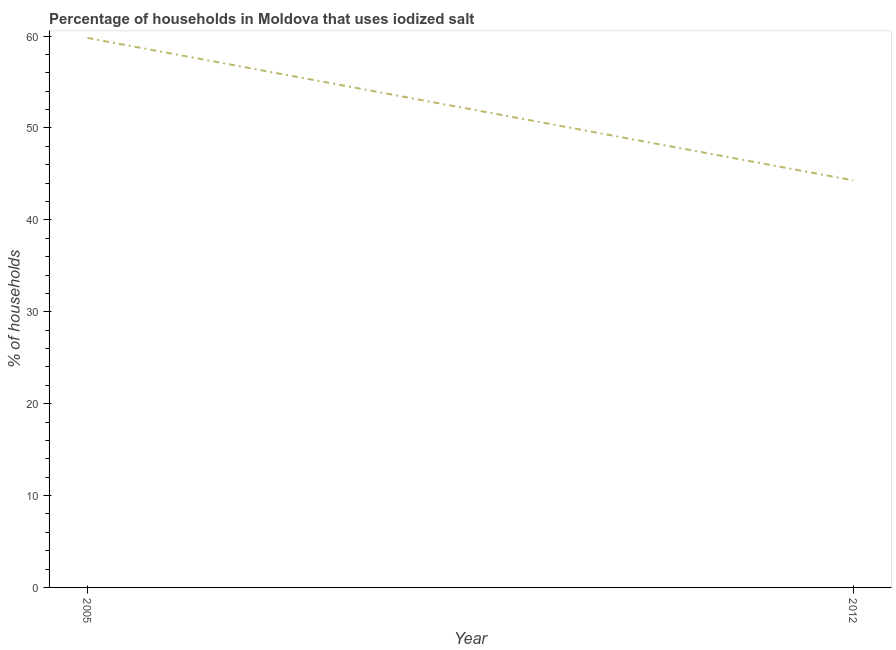
| Year | Consumption of iodized salt |
 | --- | --- |
 | 2005 | 59.8 |
 | 2012 | 44.3 |